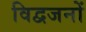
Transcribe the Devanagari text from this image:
विद्वजनों